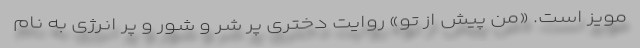
مویز است. «من پیش از تو» روایت دختری پر شر و شور و پر انرژی به نام